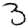
Digit: 3